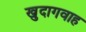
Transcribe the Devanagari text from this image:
खुदागवाह